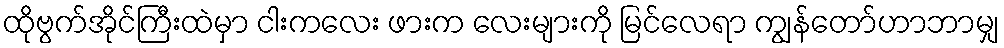
ထိုဗွက်အိုင်ကြီးထဲမှာ ငါးကလေး ဖားက လေးများကို မြင်လေရာ ကျွန်တော်ဟာဘာမျှ